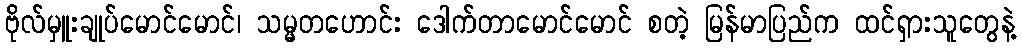
ဗိုလ်မှူးချုပ်မောင်မောင်၊ သမ္မတဟောင်း ဒေါက်တာမောင်မောင် စတဲ့ မြန်မာပြည်က ထင်ရှားသူတွေနဲ့